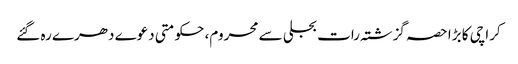
کراچی کا بڑا حصہ گزشتہ رات بجلی سے محروم، حکومتی دعوے دھرے رہ گئے